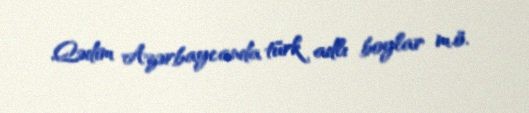
Qədim Azərbaycanda türk adlı boylar m.ö.